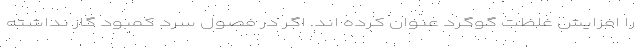
را افزایش غلظت گوگرد عنوان کرده اند. اگر در فصول سرد کمبود گاز نداشته